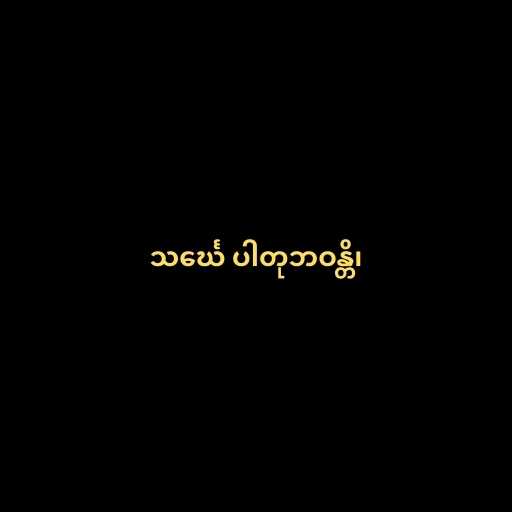
သင်္ဃေ ပါတုဘဝန္တိ၊